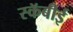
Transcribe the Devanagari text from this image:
स्कॅबीई